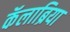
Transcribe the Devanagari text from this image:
कॅलाब्रिया